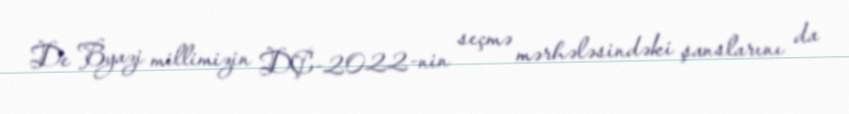
De Byazi millimizin DÇ-2022-nin seçmə mərhələsindəki şanslarını da